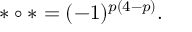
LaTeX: \ast \circ \ast = ( - 1 ) ^ { p ( 4 - p ) } .